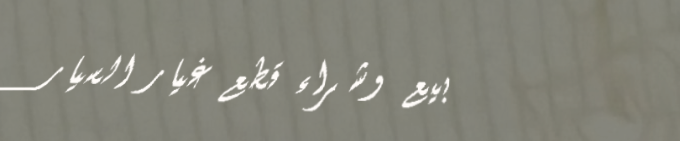
بيع وشراء قطع غيار السيار